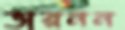
ভারনন